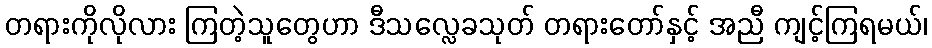
တရားကိုလိုလား ကြတဲ့သူတွေဟာ ဒီသလ္လေခသုတ် တရားတော်နှင့် အညီ ကျင့်ကြရမယ်၊